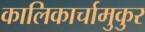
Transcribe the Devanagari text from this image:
कालिकार्चामुकुर